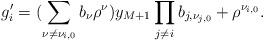
LaTeX: \begin{align*}g_i'=(\sum_{\nu\neq\nu_{i,0}} b_\nu\rho^\nu) y_{M+1}\prod_{j\neq i} b_{j,\nu_{j,0}} + \rho^{\nu_{i,0}}. \end{align*}